Annual report of the Imperial Bacteriologist
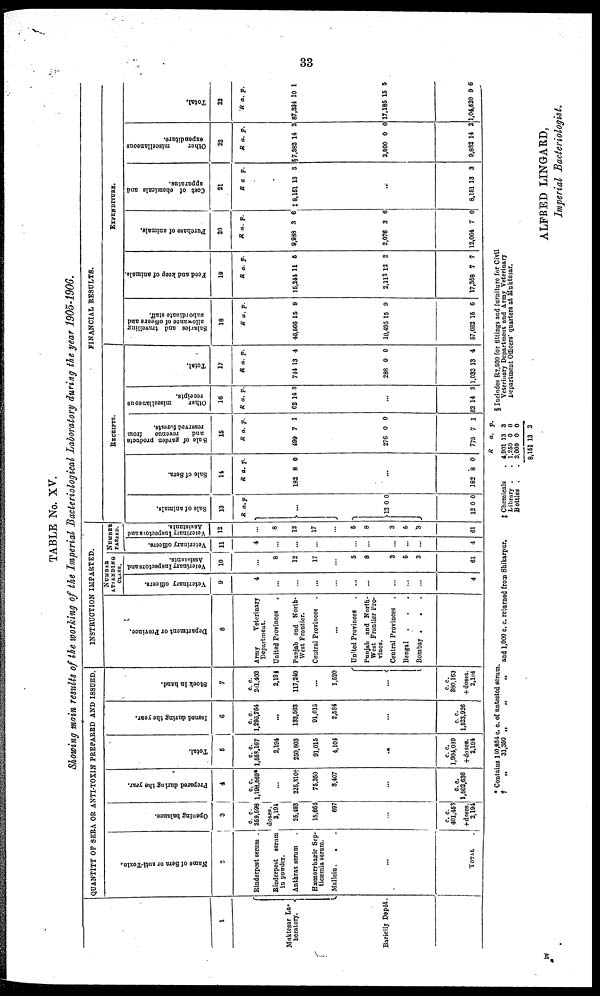
33
TABLE No. XV.
Showing main results of the working of the Imperial Bacteriological Laboratory during the year 1905-1906.
1
Muktesar La--
boratory.
Barielly Depôt.
QUANTITY OF SERA OR ANTI-TOXIN PREPARED AND ISSUED.
Name of Sera or anti-Toxin.
2
Rinderpest serum .
Rinderpest serum
in powder.
Anthrax serum
Hæmorrhagic Sep-
ticæmia serum.
Mallein.
.
...
TOTAL .
Opening balance.
3
c. c.
359,598
doses.
2,194
25,493
15,665
697
...
c. c.
401,453
+doses.
2,194
Prepared during
the year.
4
c. c.
1,198,569*
...
225,310†
75,350
3,407
...
c. c.
1,502,636
Total.
5
c. c.
1,553,167
2,194
250,803
91,015
4,104
...
c. c.
1,904,039
+doses.
2,194
Issued during
the year.
6
c. c.
1,296,764
...
133,563
91,015
2,584
...
c. c.
1,523,926
Stock in hand.
7
c. c.
261,403
2,194
117,240
...
1,520
... {
c. c.
380,163
+doses.
2,194
INSTRUCTION IMPARTED.
Department or Province.
8
Army
Veterinary
Department.
United Provinces
Punjab and North-
West Frontier.
Central Provinces
.
...
United Provinces
Punjab and North-
West Frontier Pro-
vince.
Central Provinces
.
Bengal . . .
Bombay . . .
NUMBER
ATTENDING
CLASS.
Veterinary officers.
9
4
...
...
...
...
...
...
...
...
4
Veterinary
Inspectors and
Assistants.
10
...
8
12
17
5
8
3
5
3
61
NUMBER
PASSED.
Veterinary officers.
11
4
...
...
...
...
...
4
V eterinary
Inspectors
and
Assistants.
12
8
12
17
...
5
8
3
5
3
61
FINANCIAL RESULTS.
RECEIPTS.
Sale of animals.
13
R
}
}12
12
a.
...
0
0
p.
0
0
Sale of Sera.
14
R
182
182
a.
8
...
8
p.
0
0
Sale of garden products
and
revenue
from
reserved forests.
15
R
499
276
775
a.
7
0
7
p.
1
0
1
Other
miscellaneous
receipts.
16
R
62
62
a.
14
...
14
p.
3
3
Total.
17
R
744
288
1,032
a.
13
0
13
p.
4
0
4
EXPENDITURE.
Salaries
and travelling
allowance of officers and
subordinate staff.
18
R
46,566
10,495
57,062
a.
15
15
15
p.
9
9
6
Feed and keep of animals.
19
R
15,244
2,113
17,358
a.
11
12
7
p.
5
2
7
Purchase of animals.
20
R
9,988
2,076
12,064
a.
3
3
7
p.
6
6
0
Cost of chemicals and
apparatus.
21
R
‡ 8,151
...
8,151
a.
13
13
p.
3
3
Other
miscellaneous
expenditure.
22
R
§7,382
2,500
9,882
a.
14
0
14
p.
2
0
2
Total.
23
R
87,334
17,185
1,04,520
a.
10
15
9
p.
1
5
6
* Contains 140,854 c. c. of untested serum.
†
„
31,350 „
„
„
and 1,000 c. c. returned from Shikarpur.
$ Chemicals
Library .
Bottles .
R
. 4,901
. 1,250
. 2,000
8,151
a.
13
0
0
13
p.
3
0
0
3
§ Includes R2,500 for fittings and furniture for Civil
Veterinary Department and Army Veterinary
Department Officers' quarters at Muktesar.
ALFRED LINGARD,
Imperial Bacteriologist.
II